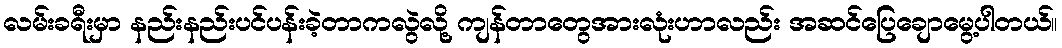
လမ်းခရီးမှာ နည်းနည်းပင်ပန်းခဲ့တာကလွဲလို့ ကျန်တာတွေအားလုံးဟာလည်း အဆင်ပြေချောမွေ့ပါတယ်။